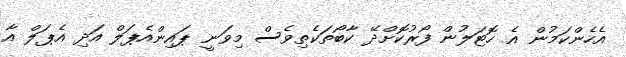
އެހެންކަމުން އެ ހޮޓަލުން ފޯރުކޮށްދޭ ކާބޯތަކެތިވެސް މިވަނީ ޕައިންއެޕަލް އަދި އެޕަލް އާ